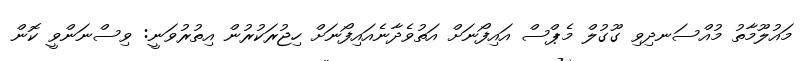
މައުލޫމާތު މުއްސަނދިވި ގޫގުލް މެޕްސް އައިފޯނަށް އަތުވެދާނެއައިފޯނަށް ހިޖުރަކުރުން އިތުރުވަނީ: ވިސްނަންވީ ކޮން